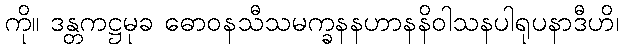
ကို။ ဒန္တကဋ္ဌမုခ ဓောဝနသီသမက္ခနနဟာနနိဝါသနပါရုပနာဒီဟိ၊